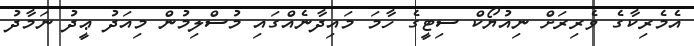
އެމެރިކާގެ ވެރިރަށް ނިއުޔޯކް ސިޓީގެ ހާމަ މައިދާނެއްގައި މުސްލިމުން މިއަދު ޢީދު ނަމާދު